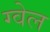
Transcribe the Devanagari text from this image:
ग्वेल